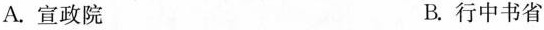
A.宣政院 B.行中书省